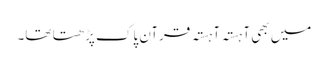
میں بھی آہستہ آہستہ قرآن پاک پڑھتا تھا۔